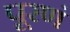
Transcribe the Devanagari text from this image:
पूरणं